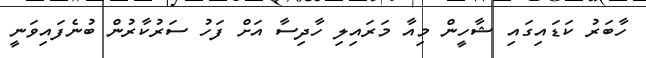
ހާބަރު ކަޑައިގައި ޝާހީން މިއާ މަރައިލި ހާދިސާ އަށް ފަހު ސަރުކާރުން ބުނެފައިވަނީ